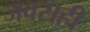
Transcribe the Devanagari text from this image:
जवसही